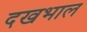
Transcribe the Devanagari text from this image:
दखभाल